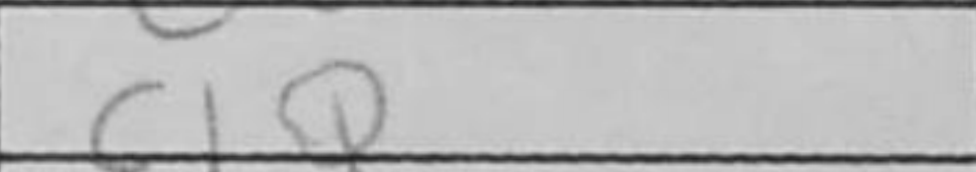
Transcription: c1Q